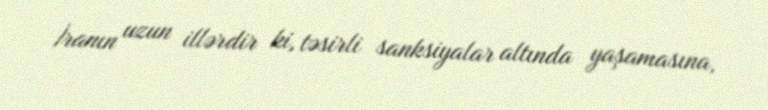
İranın uzun illərdir ki, təsirli sanksiyalar altında yaşamasına,